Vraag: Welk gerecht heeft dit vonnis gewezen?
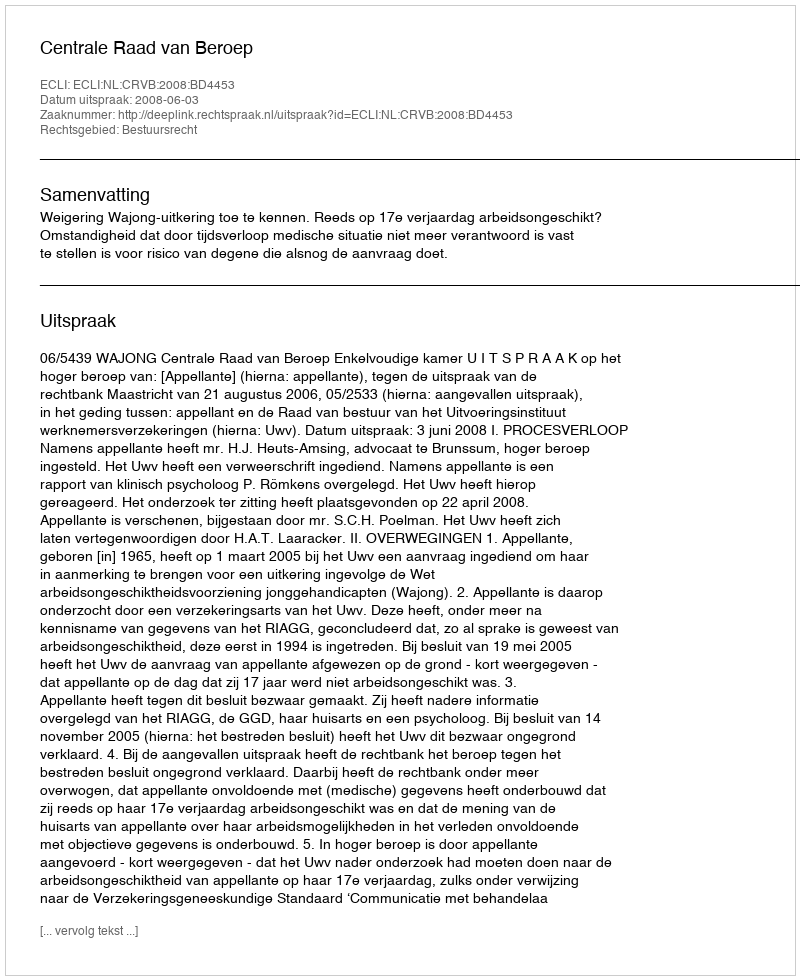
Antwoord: Centrale Raad van Beroep